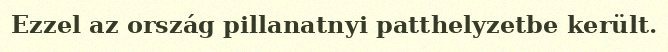
Ezzel az ország pillanatnyi patthelyzetbe került.